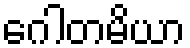
ဂေါတမိယာ